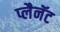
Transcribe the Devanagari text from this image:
प्लैनॅट